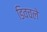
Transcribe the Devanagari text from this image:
डिवचले